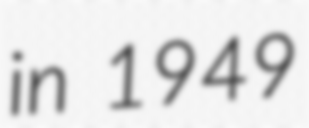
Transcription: in 1949